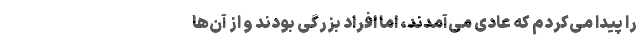
را پیدا می‌کردم که عادی می‌آمدند، اما افراد بزرگی بودند و از آن‌ها